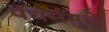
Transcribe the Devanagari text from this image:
पँथर्समुळे